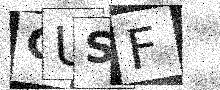
Text: CUSF